Punjab Mental Hospital Lahore 1922-31 - 1922-1931
Year: 1922
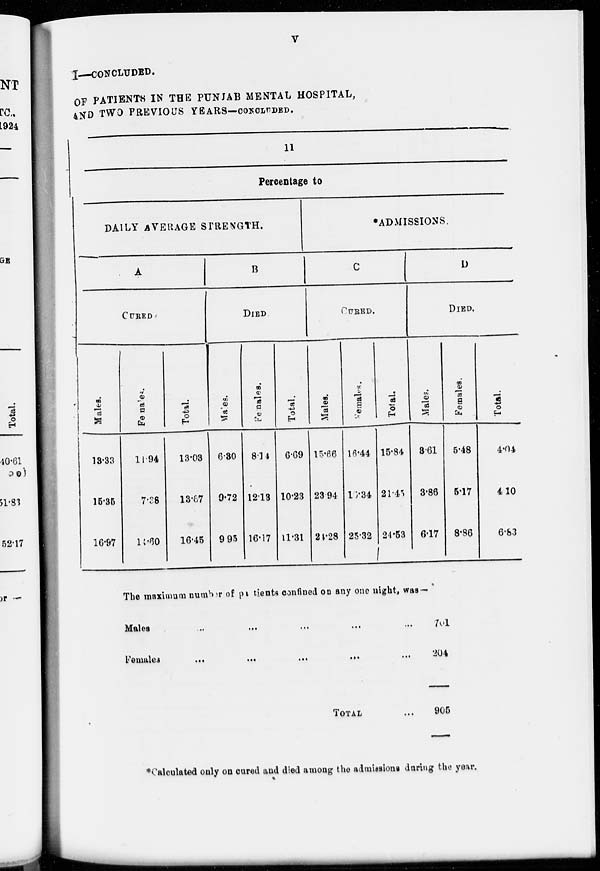
v
I—CONCLUDED.
OF PATIENTS IN THE PUNJAB MENTAL HOSPITAL,
AND TWO PREVIOUS YEARS—CONCLUDED.
11
Percentage to
DAILY AVERAGE STRENGTH.
A
CURED
Males.
13.33
15.35
16.97
Females.
11.94
7.38
14.60
Total.
13.03
13.67
16.45
B
DIED.
Males.
6.30
9.72
9.95
Females.
8.14
12.13
16.17
Total.
6.69
10.23
11.31
ADMISSIONS.
C
CURED.
Males.
15.66
23.94
24.28
Females.
16.44
16.34
25.32
Total.
15.84
21.45
24.53
D
DIED.
Males.
3.61
3.86
6.17
Females.
5.48
5.17
8.86
Total.
4.04
4.10
6.83
The maximum number of patients confined on any one night, was—
Males
...
...
...
...
...
Females
...
...
...
...
...
...
TOTAL ...
761
204
905
*Calculated only on cured and died among the admissions during the year.